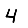
Digit: 4